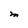
Character: M